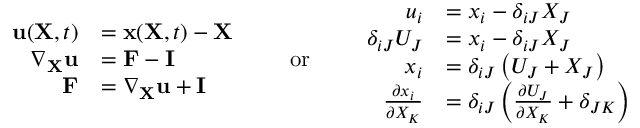
{ \begin{array} { r l } { \mathbf { u } ( \mathbf { X } , t ) } & { = \mathbf { x } ( \mathbf { X } , t ) - \mathbf { X } } \\ { \nabla _ { \mathbf { X } } \mathbf { u } } & { = \mathbf { F } - \mathbf { I } } \\ { \mathbf { F } } & { = \nabla _ { \mathbf { X } } \mathbf { u } + \mathbf { I } } \end{array} } \qquad { \mathrm { o r } } \qquad { \begin{array} { r l } { u _ { i } } & { = x _ { i } - \delta _ { i J } X _ { J } } \\ { \delta _ { i J } U _ { J } } & { = x _ { i } - \delta _ { i J } X _ { J } } \\ { x _ { i } } & { = \delta _ { i J } \left( U _ { J } + X _ { J } \right) } \\ { { \frac { \partial x _ { i } } { \partial X _ { K } } } } & { = \delta _ { i J } \left( { \frac { \partial U _ { J } } { \partial X _ { K } } } + \delta _ { J K } \right) } \end{array} }